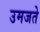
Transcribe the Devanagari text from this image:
उमजते